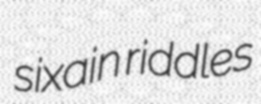
sixain riddles